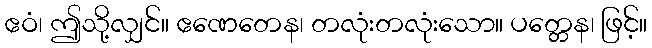
ဧဝံ၊ ဤသို့လျှင်။ ဧဏေတေန၊ တလုံးတလုံးသော။ ပတ္တေန၊ ဖြင့်။